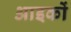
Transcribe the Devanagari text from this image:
आइकों